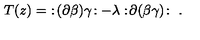
T ( z ) = \ : \! ( \partial \beta ) \gamma \! : - \lambda : \! \partial ( \beta \gamma ) \! : \ .